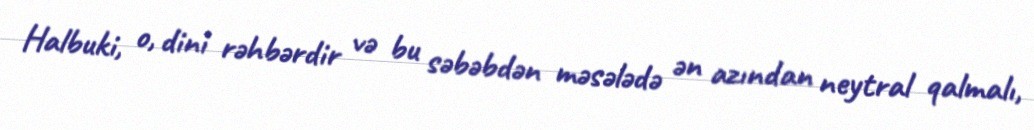
Halbuki, o, dini rəhbərdir və bu səbəbdən məsələdə ən azından neytral qalmalı,